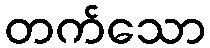
တက်သော